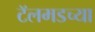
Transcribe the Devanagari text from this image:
टॅलमडच्या